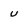
Character: u